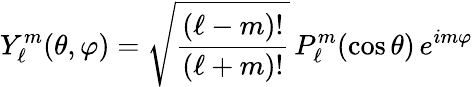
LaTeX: Y_{\ell}^{m}(\theta,\varphi)={\sqrt{\frac{(\ell-m)!}{(\ell+m)!}}}\, P_{\ell}^{m}(\cos{\theta})\, e^{im\varphi}